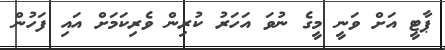
ޕާޓީ އަށް ވަނީ މީގެ ނުވަ އަހަރު ކުރިން ވެރިކަމަށް އައި ފަހުން